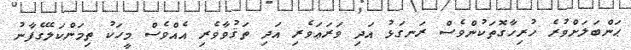
ޙަންބަލަށްވުރެ ހުރިހާގޮތަކުންވެސް ރަނގަޅު އަދި ވަރަޢަވެރި އަދި ތަޤުވާވެރި އެއްވެސް މީހަކު ތިމަންކަލޭގެފާނު